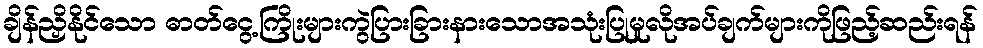
ချိန်ညှိနိုင်သော ဓာတ်ငွေ့ကြိုးများကွဲပြားခြားနားသောအသုံးပြုမှုလိုအပ်ချက်များကိုဖြည့်ဆည်းရန်